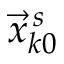
\vec { x } _ { k 0 } ^ { \, s }